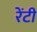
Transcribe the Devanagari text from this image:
रेंटी